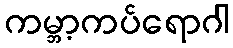
ကမ္ဘာ့ကပ်ရောဂါ